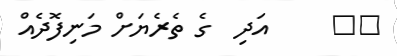
٤٦     އަދި  ގެ ތެރެޔަށް މަނިފޮދެއް